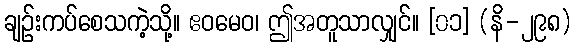
ချဉ်းကပ်စေသကဲ့သို့။ ဧဝမေဝ၊ ဤအတူသာလျှင်။ [၀၁] (နိ-၂၉၈)